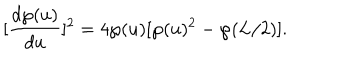
[ \frac { d \wp ( u ) } { d u } ] ^ { 2 } = 4 \wp ( u ) [ \wp ( u ) ^ { 2 } - \wp ( L / 2 ) ] .